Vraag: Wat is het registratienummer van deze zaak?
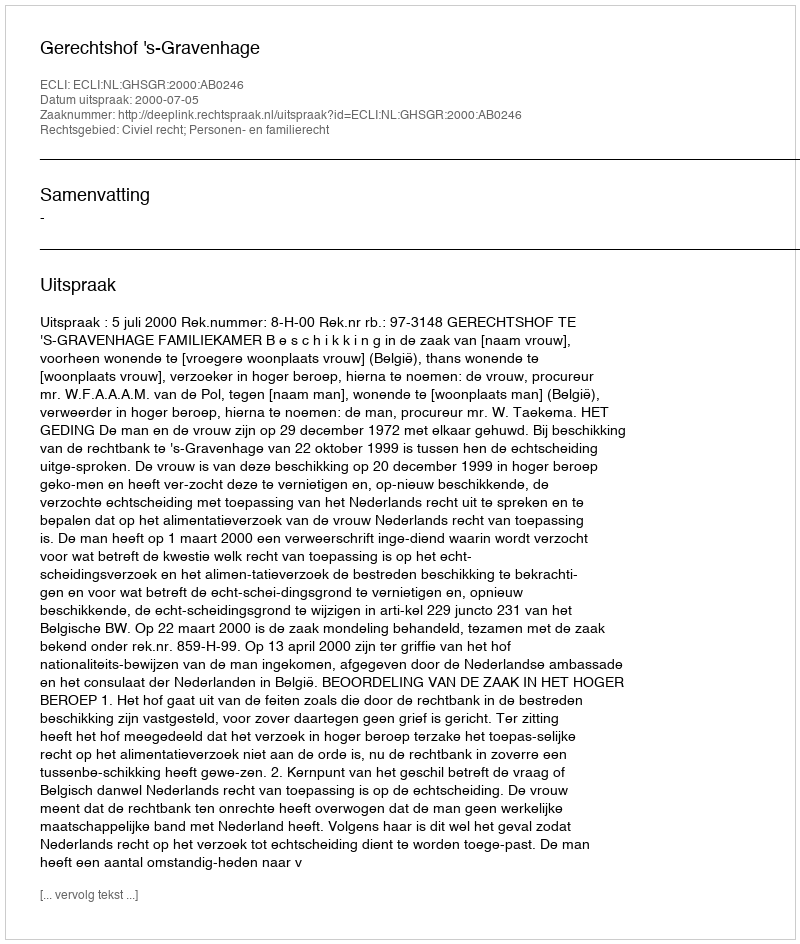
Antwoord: http://deeplink.rechtspraak.nl/uitspraak?id=ECLI:NL:GHSGR:2000:AB0246